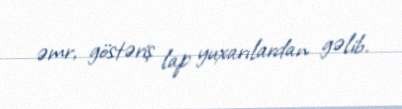
əmr, göstəriş lap yuxarılardan gəlib.